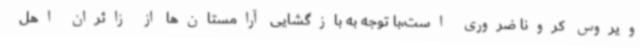
ویروس کرونا ضروری است،با توجه به بازگشایی آرامستان‌ها از زائران اهل